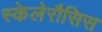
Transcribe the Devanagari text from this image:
स्केलेरौसिस